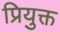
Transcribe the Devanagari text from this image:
प्रियुक्त